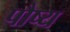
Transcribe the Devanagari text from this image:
पौष्य